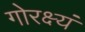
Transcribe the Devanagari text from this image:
गोरक्ष्यं